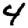
Digit: 4